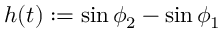
h ( t ) : = \sin { \phi _ { 2 } } - \sin { \phi _ { 1 } }